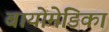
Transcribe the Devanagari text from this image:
बायोमेडिका